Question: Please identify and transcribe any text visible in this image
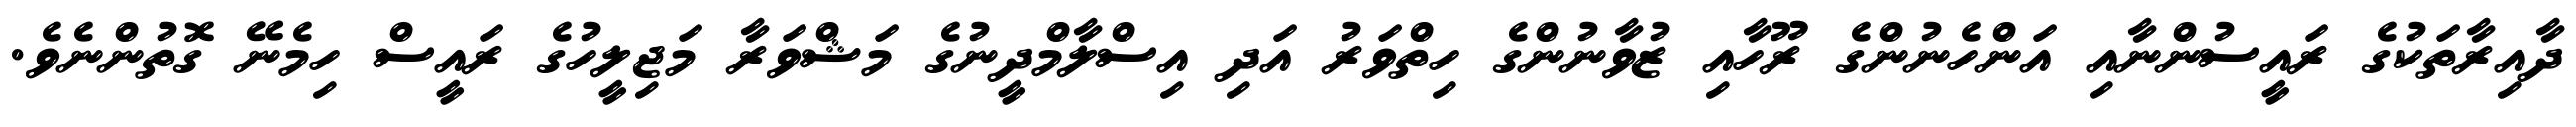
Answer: ދާއިރާތަކުގެ ރައީސުންނާއި އަންހެނުންގެ ރޫހާއި ޒުވާނުންގެ ހިތްވަރު އަދި އިސްލާމްދީނުގެ މަޝްވަރާ މަޖިލީހުގެ ރައީސް ހިމެނޭ ގޮތުންނެވެ.